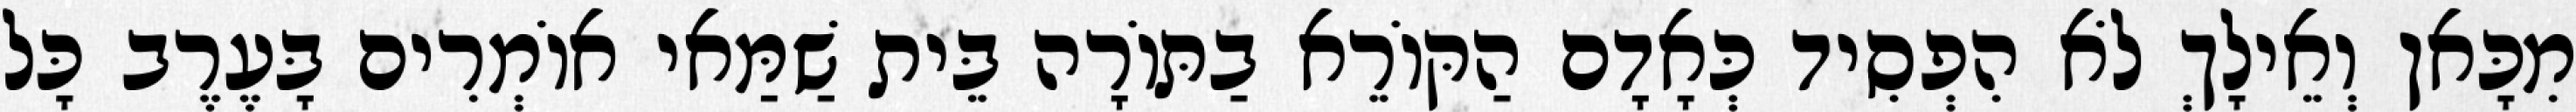
מִכָּאן וְאֵילָךְ לֹא הִפְסִיד כְּאָדָם הַקּוֹרֵא בַתּוֹרָה בֵּית שַׁמַּאי אוֹמְרִים בָּעֶרֶב כָּל